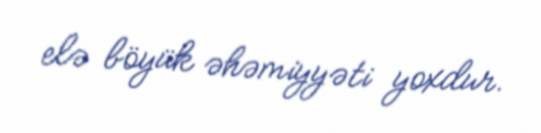
elə böyük əhəmiyyəti yoxdur.